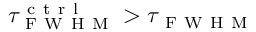
\tau _ { \mathrm { ~ F ~ W ~ H ~ M ~ } } ^ { \mathrm { ~ c ~ t ~ r ~ l ~ } } > \tau _ { \mathrm { ~ F ~ W ~ H ~ M ~ } }